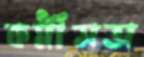
কর্মীসভা